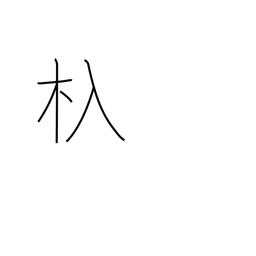
Meaning: sluice